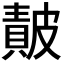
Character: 𭽴